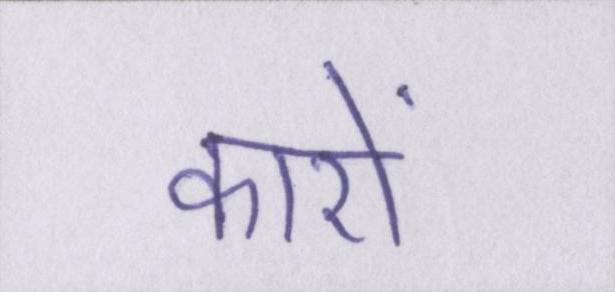
कारों